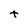
Character: t